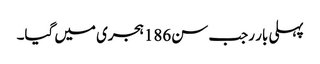
پہلی بار رجب سن186ہجری میں گیا۔